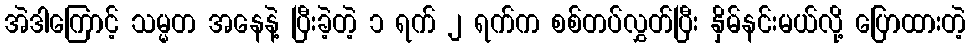
အဲဒါကြောင့် သမ္မတ အနေနဲ့ ပြီးခဲ့တဲ့ ၁ ရက် ၂ ရက်က စစ်တပ်လွှတ်ပြီး နှိမ်နင်းမယ်လို့ ပြောထားတဲ့